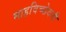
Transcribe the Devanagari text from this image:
माहविच्छेदनी